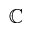
\mathbb { C }